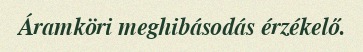
Áramköri meghibásodás érzékelő.